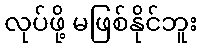
လုပ်ဖို့ မဖြစ်နိုင်ဘူး